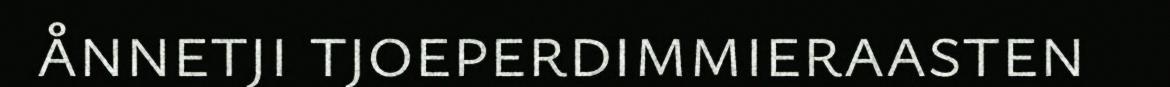
ånnetji tjoeperdimmieraasten